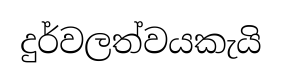
දුර්වලත්වයකැයි